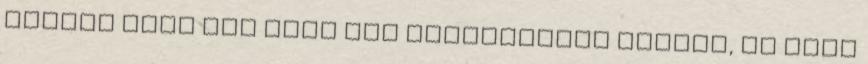
féltem tőle míg csak egy kapitánynak hittem, de most